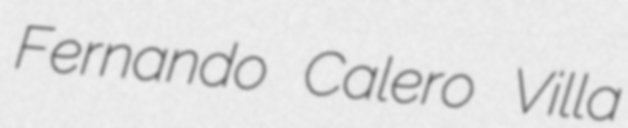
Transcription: Fernando Calero Villa